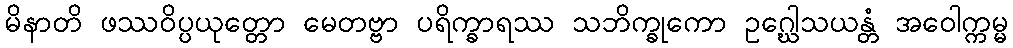
မိနာတိ ဖဿဝိပ္ပယုတ္တော မေတဗ္ဗာ ပရိက္ခာရဿ သဘိက္ခုကော ဥဂ္ဃေါသယန္တံ အဝေါက္ကမ္မ